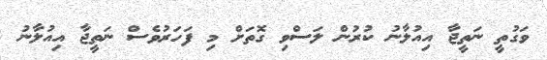
ވަގުތީ ނަތީޖާ އިއުލާނު ކުރުން ލަސްވި ގޮތަށް މި ފަހަރުވެސް ނަތީޖާ އިއުލާނު